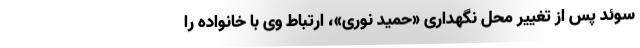
سوئد پس از تغییر محل نگهداری «حمید نوری»، ارتباط وی با خانواده را